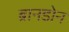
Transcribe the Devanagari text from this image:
ब्रानडोन